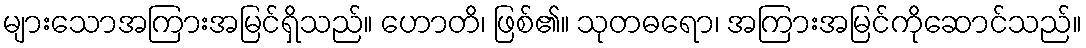
များသောအကြားအမြင်ရှိသည်။ ဟောတိ၊ ဖြစ်၏။ သုတဓရော၊ အကြားအမြင်ကိုဆောင်သည်။